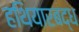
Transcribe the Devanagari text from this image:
हथियारबद्ध